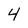
Character: 4